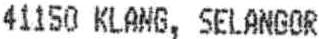
41150 KLANG, SELANGOR